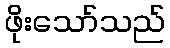
ဖိုးသော်သည်